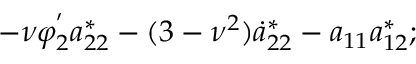
- \nu \varphi _ { 2 } ^ { ' } a _ { 2 2 } ^ { * } - ( 3 - \nu ^ { 2 } ) \dot { a } _ { 2 2 } ^ { * } - a _ { 1 1 } a _ { 1 2 } ^ { * } ;